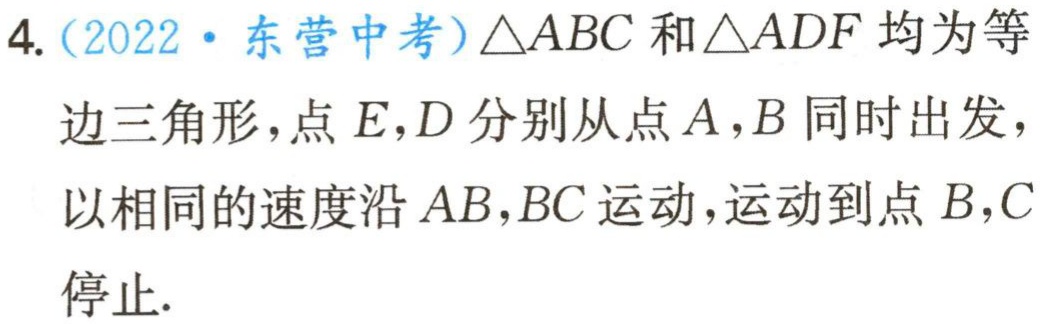
4.（2022·东营中考）\(\triangle ABC\)和\(\triangle ADF\)均为等
边三角形，点\(E，D\)分别从点\(A，B\)同时出发，
以相同的速度沿\(AB，BC\)运动，运动到点\(B，C\)
停止.